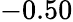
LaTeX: -0.50